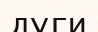
дуги